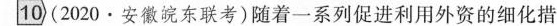
10(2020安徽皖东联考)随着一系列促进利用外资的细化措